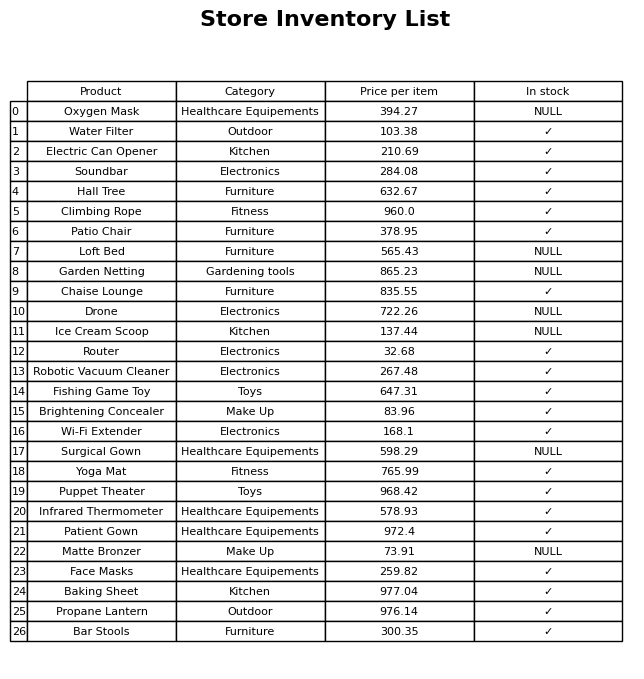
question: What is the price of the Router?
answer: The price of Router is 32.68.